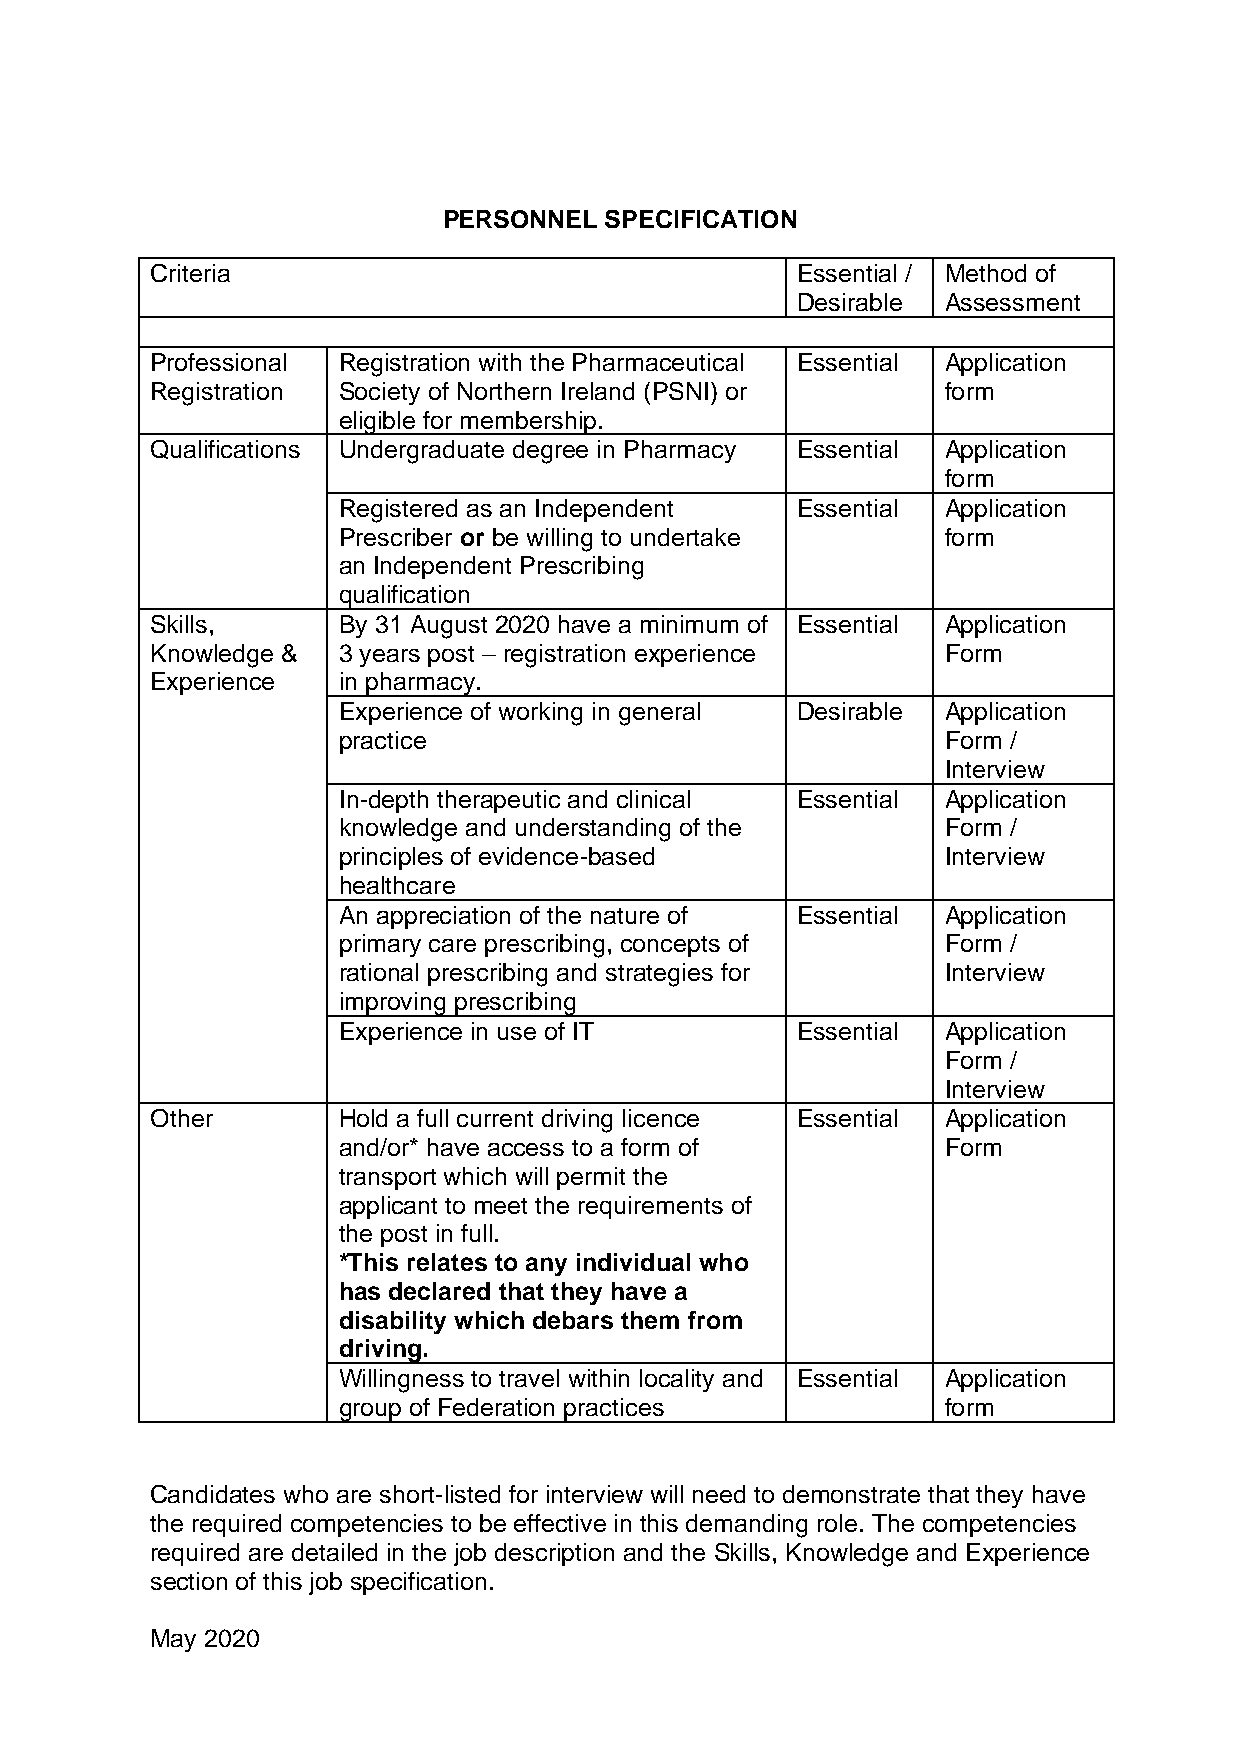
PERSONNEL  SPECIFICATION
 Criteria                                   Essential / Method of
 Desirable Assessment
 Professional Registration with the Pharmaceutical Essential Application
 Registration Society of Northern Ireland (PSNI) or  form
 eligible for membership.
 Qualifications Undergraduate degree in Pharmacy Essential Application
 form
 Registered as an Independent   Essential Application
 Prescriber or be willing to undertake   form
 an Independent Prescribing
 qualification
 Skills,     By 31 August 2020 have a minimum of Essential Application
 Knowledge & 3 years post – registration experience  Form
 Experience  in pharmacy.
 Experience of working in general Desirable Application
 practice                                Form /
 Interview
 In-depth therapeutic and clinical Essential Application
 knowledge and understanding of the      Form /
 principles of evidence-based            Interview
 healthcare
 An appreciation of the nature of Essential Application
 primary care prescribing, concepts of   Form /
 rational prescribing and strategies for Interview
 improving prescribing
 Experience in use of IT        Essential Application
 Form /
 Interview
 Other       Hold a full current driving licence Essential Application
 and/or* have access to a form of        Form
 transport which will permit the
 applicant to meet the requirements of
 the post in full.
 *This relates to any individual who
 has declared that they have a
 disability which debars them from
 driving.
 Willingness to travel within locality and Essential Application
 group of Federation practices           form
 Candidates who are short-listed for interview will need to demonstrate that they have
 the required competencies to be effective in this demanding role. The competencies
 required are detailed in the job description and the Skills, Knowledge and Experience
 section of this job specification.
 May 2020